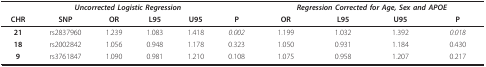
<table><thead><tr><td colspan="6"><b><i>Uncorrected Logistic Regression</i></b></td><td colspan="4"><b><i>Regression Corrected for Age, Sex and APOE</i></b></td></tr><tr><td><b>CHR</b></td><td><b>SNP</b></td><td><b>OR</b></td><td><b>L95</b></td><td><b>U95</b></td><td><b>P</b></td><td><b>OR</b></td><td><b>L95</b></td><td><b>U95</b></td><td><b>P</b></td></tr></thead><tbody><tr><td><b>21</b></td><td>rs2837960</td><td>1.239</td><td>1.083</td><td>1.418</td><td><i>0.002</i></td><td>1.199</td><td>1.032</td><td>1.392</td><td><i>0.018</i></td></tr><tr><td><b>18</b></td><td>rs2002842</td><td>1.056</td><td>0.948</td><td>1.178</td><td>0.323</td><td>1.050</td><td>0.931</td><td>1.184</td><td>0.430</td></tr><tr><td><b>9</b></td><td>rs3761847</td><td>1.090</td><td>0.981</td><td>1.210</td><td>0.108</td><td>1.075</td><td>0.958</td><td>1.207</td><td>0.217</td></tr></tbody></table>